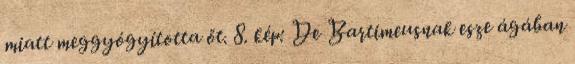
miatt meggyógyította őt. 8. kép: De Bartimeusnak esze ágában